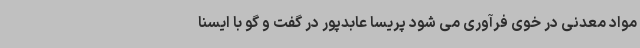
مواد معدنی در خوی فرآوری می شود پریسا عابدپور در گفت و گو با ایسنا